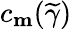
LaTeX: c_{\mathbf{m}}(\widetilde{\gamma})